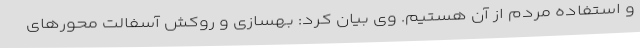
و استفاده مردم از آن هستیم. وی بیان کرد: بهسازی و روکش آسفالت محورهای